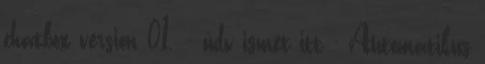
chatbox version 01. - üdv ismét itt - Automatikus